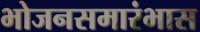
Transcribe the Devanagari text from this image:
भोजनसमारंभास